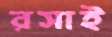
রসাই